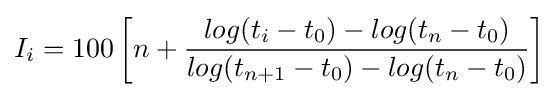
I_{i}=100\left[n+{\frac {log(t_{i}-t_{0})-log(t_{n}-t_{0})}{log(t_{n+1}-t_{0})-log(t_{n}-t_{0})}}\right]